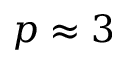
p \approx 3